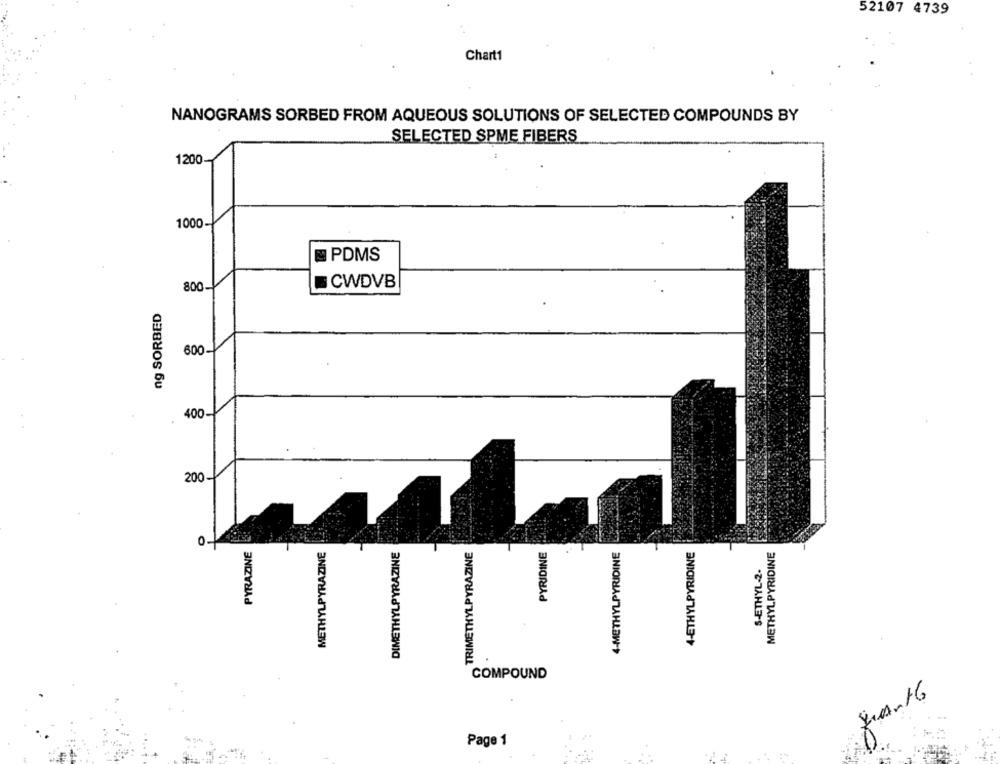
52107 4739
Chart1
NANOGRAMS SORBED FROM AQUEOUS SOLUTIONS OF SELECTED COMPOUNDS BY
SELECTED SPME FIBERS
1200-
8
1000
PDMS
800
CWDVB
ng SORBED
600-
400-
200
O
PYRAZINE
TRIMETHYLPYRAZINE
4-ETHYLPYRIDINE
METHYLPYRAZINE
DIMETHYLPYRAZINE
PYRIDINE
4-METHYLPYRIDINE
METHYLPYRIDINE
S-ETHYL-2.
COMPOUND
gian16
Page 1